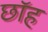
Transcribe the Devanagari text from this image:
छॉह